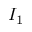
I _ { 1 }